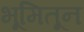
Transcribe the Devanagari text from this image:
भूमितून